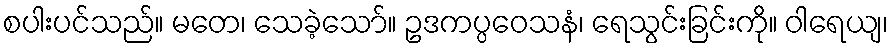
စပါးပင်သည်။ မတေ၊ သေခဲ့သော်။ ဥဒကပ္ပဝေသနံ၊ ရေသွင်းခြင်းကို။ ဝါရေယျ၊